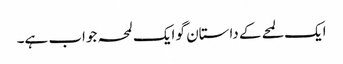
ایک لمحے کے داستان گو ایک لمحہ جواب ہے۔